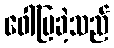
ဖေါ်ပြခဲ့သည်